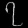
Digit: ၇